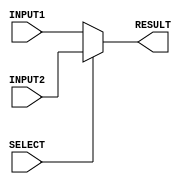
/*
Author: E/16/200
Name: Lakmali B.L.S
Lab 6
Part 3
This is the implemetation of a two to one mux
*/

`timescale 1ns/100ps

//2:1 mux
module mux2_1(SELECT,INPUT1,INPUT2,RESULT);
	input SELECT;//select signal of the mux
	input[7:0] INPUT1,INPUT2;//inputs 
	
	output[7:0] RESULT;
	reg[7:0] RESULT;
	
	always @ (SELECT or INPUT1 or INPUT2)//sesitivity list 
	 //in sequential circuits , posedge clk is the sensitivity list
	 
	 begin 
	 
		if (SELECT == 1'b0)
		begin
			RESULT = INPUT1;//when select is 0 , result is the input 1
		end
		else if (SELECT == 1'b1)
		begin
			RESULT = INPUT2;//when select is 1, result is input 0
		end	
		else
		begin
			RESULT = 8'bxxxxxxxx;//otherwise result is don't care
		end
				
	 end
	
endmodule